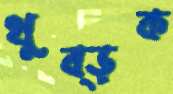
থুব্‌ড়ক